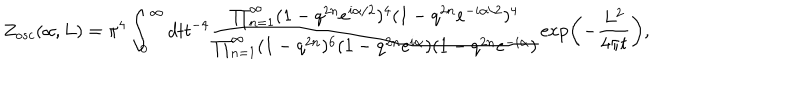
Z _ { o s c } ( \alpha , L ) = \pi ^ { 4 } \int _ { 0 } ^ { \infty } d t t ^ { - 4 } \frac { \prod _ { n = 1 } ^ { \infty } ( 1 - q ^ { 2 n } e ^ { i \alpha / 2 } ) ^ { 4 } ( 1 - q ^ { 2 n } e ^ { - i \alpha / 2 } ) ^ { 4 } } { \prod _ { n = 1 } ^ { \infty } ( 1 - q ^ { 2 n } ) ^ { 6 } ( 1 - q ^ { 2 n } e ^ { i \alpha } ) ( 1 - q ^ { 2 n } e ^ { - i \alpha } ) } \exp \left( - { \frac { L ^ { 2 } } { 4 \pi t } } \right) ,